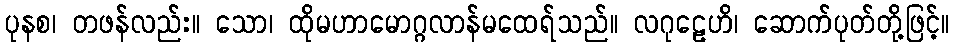
ပုနစ၊ တဖန်လည်း။ သော၊ ထိုမဟာမောဂ္ဂလာန်မထေရ်သည်။ လဂုဠေဟိ၊ ဆောက်ပုတ်တို့ဖြင့်။